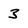
Character: 3